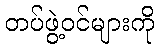
တပ်ဖွဲ့ဝင်များကို